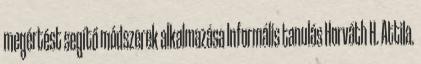
megértést segítő módszerek alkalmazása Informális tanulás Horváth H. Attila.